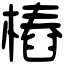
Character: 樁